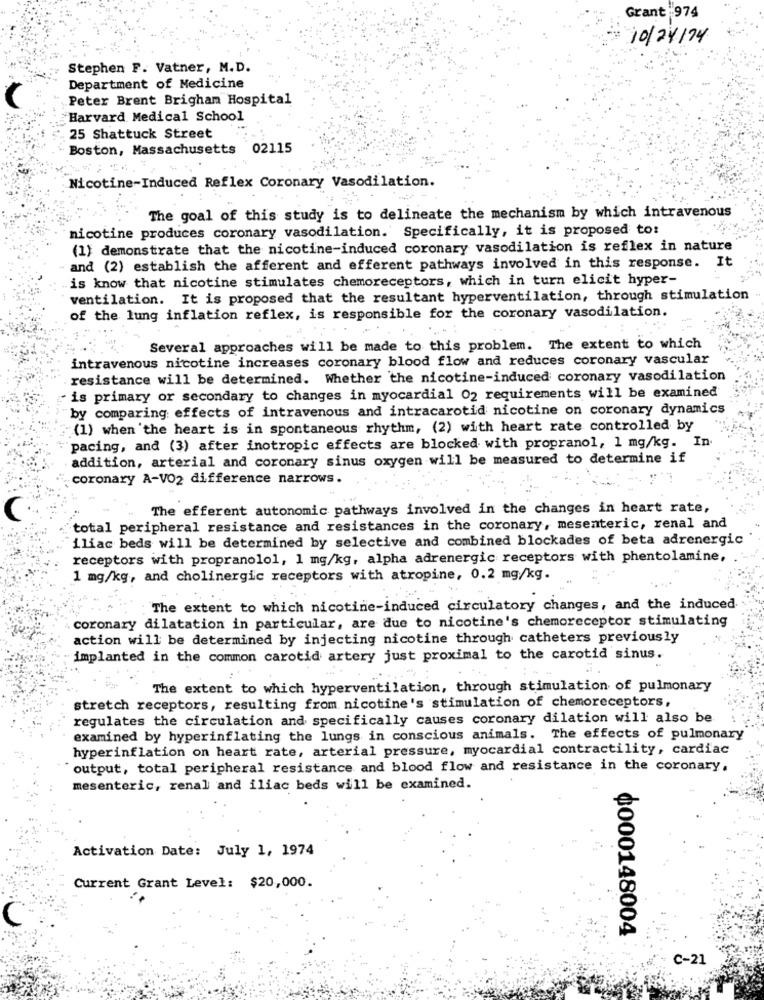
Grant 974
10/24/74
Stephen F. Vatner, M.D.
Department of Medicine
Peter Brent Brigham Hospital
Harvard Medical School
25 Shattuck Street
Boston, Massachusetts
02115
Nicotine-Induced Reflex Coronary Vasodilation.
The goal of this study is to delineate the mechanism by which intravenous
nicotine produces coronary vasodilation. Specifically, it is proposed to:
(1) demonstrate that the nicotine-induced coronary vasodilation is reflex in nature
and (2) establish the afferent and efferent pathways involved in this response. It
is know that nicotine stimulates chemoreceptors, which in turn elicit hyper-
ventilation. It is proposed that the resultant hyperventilation, through stimulation
of the lung inflation reflex, is responsible for the coronary vasodilation.
Several approaches will be made to this problem. The extent to which
intravenous nicotine increases coronary blood flow and reduces coronary vascular
resistance will be determined. Whether the nicotine-induced coronary vasodilation
is primary or secondary to changes in myocardial 02 requirements will be examined
by comparing effects of intravenous and intracarotid nicotine on coronary dynamics
(1) when the heart is in spontaneous rhythm, (2) with heart rate controlled by
pacing, and (3) after inotropic effects are blocked with propranol, 1 mg/kg. In.
addition, arterial and coronary sinus oxygen will be measured to determine if
coronary A-VO2 difference narrows.
The efferent autonomic pathways involved in the changes in heart rate,
total peripheral resistance and resistances in the coronary, mesenteric, renal and
iliac beds will be determined by selective and combined blockades of beta adrenergic
receptors with propranolol, 1 mg/kg, alpha adrenergic receptors with phentolamine,
1 mg/kg, and cholinergic receptors with atropine, 0.2 mg/kg.
The extent to which nicotine-induced circulatory changes, and the induced
coronary dilatation in particular, are due to nicotine's chemoreceptor stimulating
action will be determined by injecting nicotine through catheters previously
implanted in the common carotid artery just proximal to the carotid sinus.
The extent to which hyperventilation, through stimulation of pulmonary
stretch receptors, resulting from nicotine's stimulation of chemoreceptors,
regulates the circulation and specifically causes coronary dilation will also be
examined by hyperinflating the lungs in conscious animals. The effects of pulmonary
hyperinflation on heart rate, arterial pressure, myocardial contractility, cardiac
"output, total peripheral resistance and blood flow and resistance in the coronary,
mesenteric, renal and iliac beds will be examined.
Activation Date: July 1, 1974
Current Grant Level: $20,000.
¢000148004
C-21